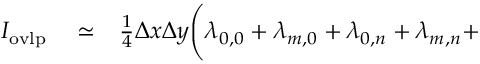
\begin{array} { r l r } { I _ { \mathrm { o v l p } } } & { { } \simeq } & { \frac { 1 } { 4 } \Delta x \Delta y \Biggl ( \lambda _ { 0 , 0 } + \lambda _ { m , 0 } + \lambda _ { 0 , n } + \lambda _ { m , n } + } \end{array}